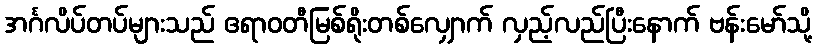
အင်္ဂလိပ်တပ်များသည် ဧရာဝတီမြစ်ရိုးတစ်လျှောက် လှည့်လည်ပြီးနောက် ဗန်းမော်သို့